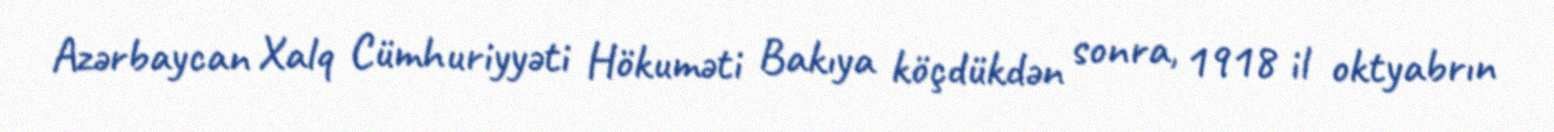
Azərbaycan Xalq Cümhuriyyəti Hökuməti Bakıya köçdükdən sonra, 1918 il oktyabrın